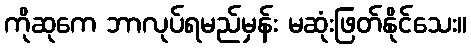
ကိုဆုကေ ဘာလုပ်ရမည်မှန်း မဆုံးဖြတ်နိုင်သေး။